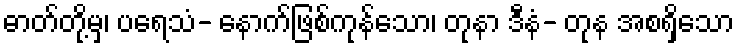
ဓာတ်တို့မှ၊ ပရေသံ- နောက်ဖြစ်ကုန်သော၊ တုနာ ဒီနံ- တုန အစရှိသော